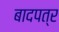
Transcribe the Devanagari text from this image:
बादपत्र